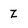
Character: Z